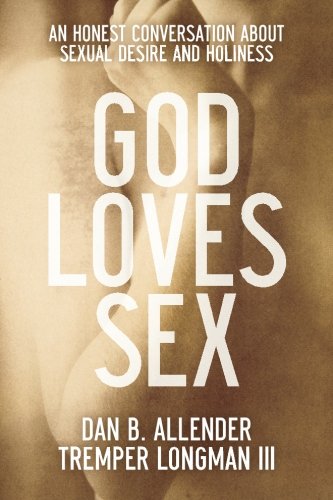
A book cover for God Loves Sex: An Honest Conversation about Sexual Desire and Holiness; Dan B. Allender; Self-Help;